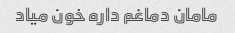
مامان دماغم داره خون میاد